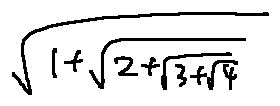
\sqrt { 1 + \sqrt { 2 + \sqrt { 3 + \sqrt { 4 } } } }